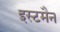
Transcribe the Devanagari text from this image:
इस्टमैन